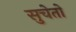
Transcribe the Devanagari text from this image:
सुचेतो